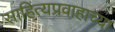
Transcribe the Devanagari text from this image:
साहित्यप्रवाहाच्या